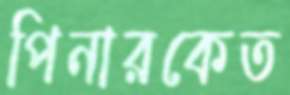
পিনারকেত